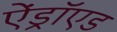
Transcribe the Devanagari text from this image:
ऐंड्रॉएड